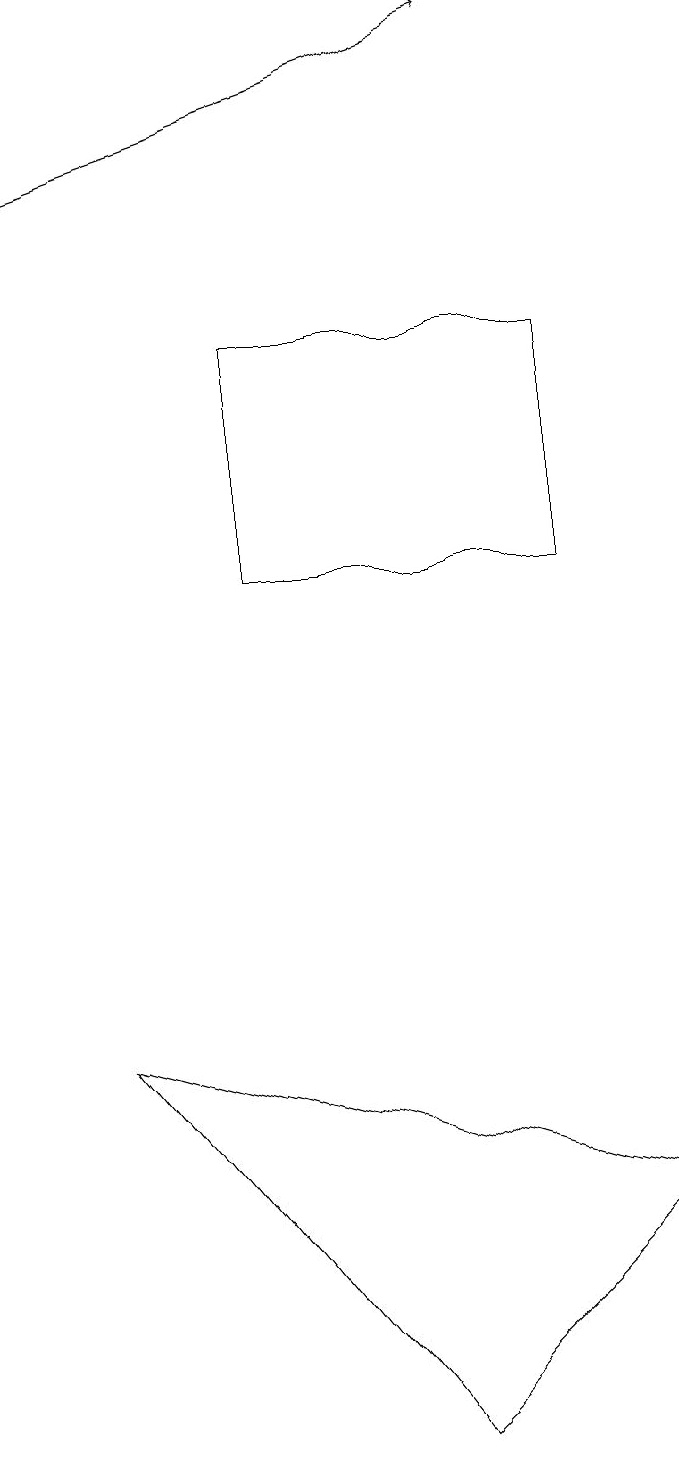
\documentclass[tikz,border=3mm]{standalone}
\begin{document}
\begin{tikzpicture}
\draw (5,0) -- (8,3) -- (1,5) -- cycle;
\draw (7,14) rectangle (3,11);
\draw[->] (0,16) -- (6,18);
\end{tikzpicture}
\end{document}